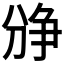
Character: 𪟐